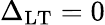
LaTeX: \Delta_{\textup{LT}}=0